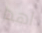
اهدا